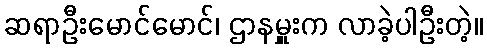
ဆရာဦးမောင်မောင်၊ ဌာနမှူးက လာခဲ့ပါဦးတဲ့။